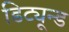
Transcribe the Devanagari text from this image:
डिट्यून्ड